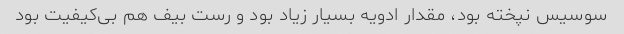
سوسیس نپخته بود، مقدار ادویه بسیار زیاد بود و رست بیف هم بی‌کیفیت بود